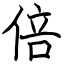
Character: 倍